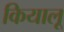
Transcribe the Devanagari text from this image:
कियालू